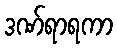
ဒဏ်ရာရကာ